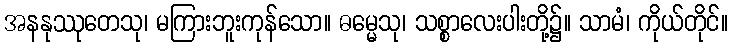
အနနုဿုတေသု၊ မကြားဘူးကုန်သော။ ဓမ္မေသု၊ သစ္စာလေးပါးတို့၌။ သာမံ၊ ကိုယ်တိုင်။